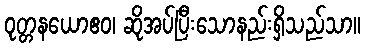
ဝုတ္တနယောဧဝ၊ ဆိုအပ်ပြီးသောနည်းရှိသည်သာ။